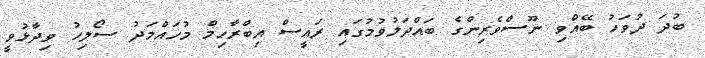
ބުދަ ދުވަހު ބޭއްވި ނޫސްވެރިންގެ ބައްދަލުވުމުގައި ރައީސް އިބްރާހިމް މުހައްމަދު ސޯލިހު ވިދާޅުވީ